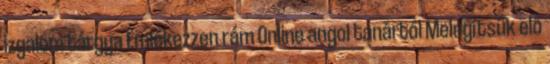
izgalom tárgya Emlékezzen rám Online angol tanártól Melegítsük elő